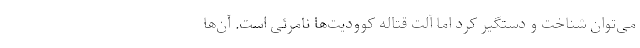
می‌توان شناخت و دستگیر کرد اما آلت قتاله کوودیت‌ها نامرئی است. آن‌ها